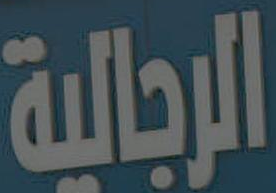
الرجالية